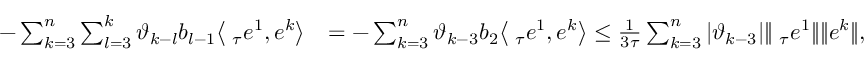
\begin{array} { r l } { - \sum _ { k = 3 } ^ { n } \sum _ { l = 3 } ^ { k } \vartheta _ { k - l } b _ { l - 1 } \big \langle \triangledown _ { \tau } e ^ { 1 } , e ^ { k } \big \rangle } & { = - \sum _ { k = 3 } ^ { n } \vartheta _ { k - 3 } b _ { 2 } \big \langle \triangledown _ { \tau } e ^ { 1 } , e ^ { k } \big \rangle \le \frac { 1 } { 3 \tau } \sum _ { k = 3 } ^ { n } | \vartheta _ { k - 3 } | \| \triangledown _ { \tau } e ^ { 1 } \| \| e ^ { k } \| , } \end{array}